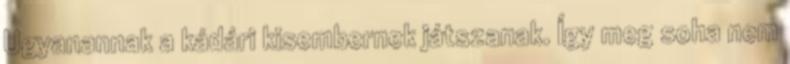
Ugyanannak a kádári kisembernek játszanak. Így meg soha nem